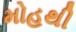
મોહથી